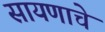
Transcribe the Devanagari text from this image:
सायणाचे